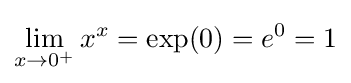
\lim _{x\to 0^{+}}x^{x}=\exp(0)=e^{0}=1